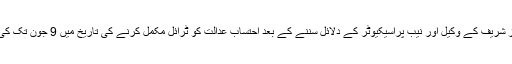
عدالت نے نواز شریف کے وکیل اور نیب پراسیکیوٹر کے دلائل سننے کے بعد احتساب عدالت کو ٹرائل مکمل کرنے کی تاریخ میں 9 جون تک کی توسیع کردی۔